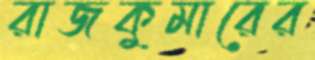
রাজকুমারের